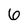
Character: 6